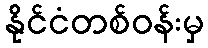
နိုင်ငံတစ်ဝန်းမှ